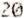
20